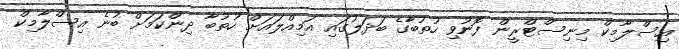
އިސްލާމިކް މިނިސްޓްރީން ފޮނުވި ހުތުބާގެ ބަދަލުގައި އަމިއްލައަށް ހުތުބާ ދިންކަމަށް ބުނެ އިސްލާމިކް